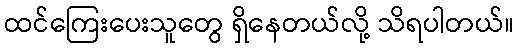
ထင်ကြေးပေးသူတွေ ရှိနေတယ်လို့ သိရပါတယ်။